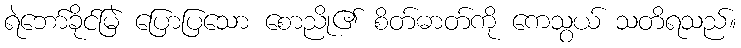
ရဲဘော်ခိုင်မြဲ ပြောပြသော စောညို၏ စိတ်ဓာတ်ကို ကေသွယ် သတိရသည်။